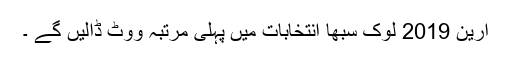
آرین 2019 لوک سبھا انتخابات میں پہلی مرتبہ ووٹ ڈالیں گے ۔